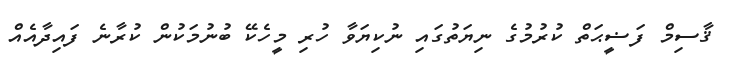
ޤާސިމް ފަޟީޙަތް ކުރުމުގެ ނިޔަތުގައި ނުކިޔަވާ ހުރި މީހެކޭ ބުނުމަކުން ކުރާނެ ފައިދާއެއް